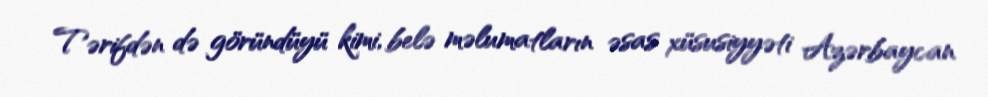
Tərifdən də göründüyü kimi, belə məlumatların əsas xüsusiyyəti Azərbaycan